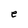
Character: e